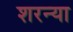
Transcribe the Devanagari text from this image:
शरन्या